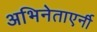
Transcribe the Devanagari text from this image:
अभिनेताएर्नी